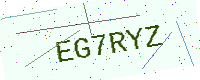
Text: EG7RYZ